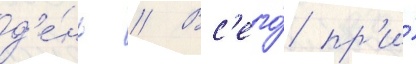
д'е́нь // Вс'его́ пр'и́